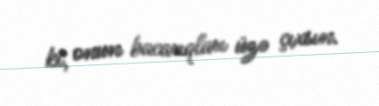
ki, onun bacarıqları üzə çıxsın.